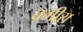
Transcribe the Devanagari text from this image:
बगीरा